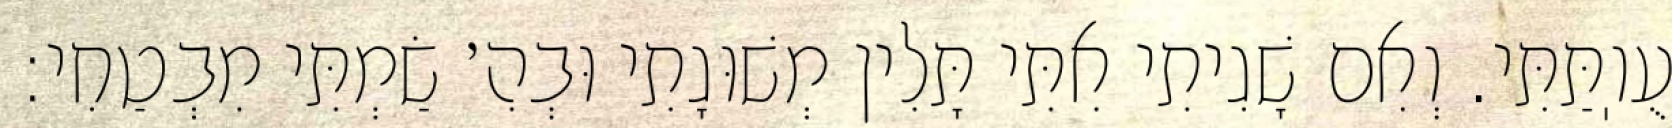
עֻוֽתַּתִּי. וְאִם שָׁגִיתִי אִתִּי תָּלִין מְשׁוּגָתִי וּבְהִ׳ שַׂמְתִּי מִבְטַחִי: